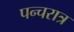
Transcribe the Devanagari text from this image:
पन्चरात्र